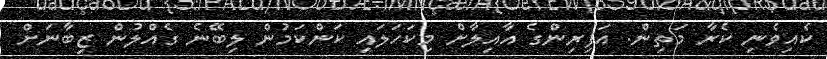
ކެއިވެނި ކެރާ މަތިން. އަފިރިންގެ އާއިލާށް މިކަހަލައި ކަންކަމުން ލިބޭނެ ގެއްލުން ޒިބާނަށް